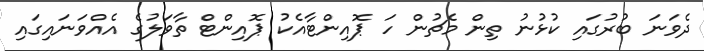
ދެވަނަ ބުރުގައި ކުޅުނު ތިން މެޗުން ހަ ޕޮއިންޓާއެކު ޕޮއިންޓް ތާވަލުގެ އެއްވަނައިގައި